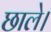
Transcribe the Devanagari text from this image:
छाले।